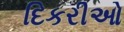
દિકરીઓ